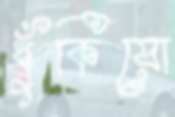
ধুঁকিয়ো